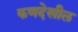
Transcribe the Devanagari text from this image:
कणदेखील